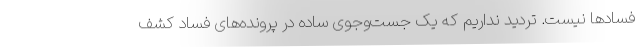
فسادها نیست. تردید نداریم که یک جست‌وجوی ساده در پرونده‌های فساد کشف